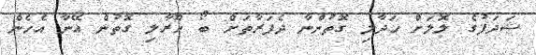
ޝަދަފުގެ ލޮލަށް ހަދާލި ގޮތުންނާ ދެފަރާތަށް ބޯ ހޫރާލި ގޮތުން އޭނާ އެހެން